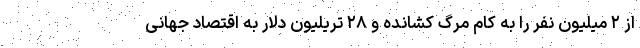
از ۲ میلیون نفر را به کام مرگ کشانده و ۲۸ تریلیون دلار به اقتصاد جهانی